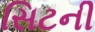
સિટની